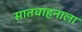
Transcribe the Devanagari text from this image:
सातवाहनाला